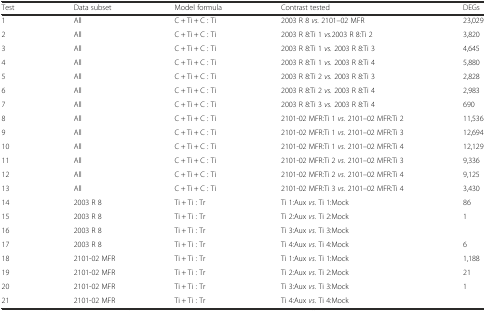
<table><thead><tr><td><b>Test</b></td><td><b>Data subset</b></td><td><b>Model formula</b></td><td><b>Contrast tested</b></td><td><b>DEGs</b></td></tr></thead><tbody><tr><td>1</td><td>All</td><td>C + Ti + C : Ti</td><td>2003 R 8 <i>vs.</i> 2101–02 MFR</td><td>23,029</td></tr><tr><td>2</td><td>All</td><td>C + Ti + C : Ti</td><td>2003 R 8:Ti 1 <i>vs.</i>2003 R 8:Ti 2</td><td>3,820</td></tr><tr><td>3</td><td>All</td><td>C + Ti + C : Ti</td><td>2003 R 8:Ti 1 <i>vs.</i> 2003 R 8:Ti 3</td><td>4,645</td></tr><tr><td>4</td><td>All</td><td>C + Ti + C : Ti</td><td>2003 R 8:Ti 1 <i>vs.</i> 2003 R 8:Ti 4</td><td>5,880</td></tr><tr><td>5</td><td>All</td><td>C + Ti + C : Ti</td><td>2003 R 8:Ti 2 <i>vs.</i> 2003 R 8:Ti 3</td><td>2,828</td></tr><tr><td>6</td><td>All</td><td>C + Ti + C : Ti</td><td>2003 R 8:Ti 2 <i>vs.</i> 2003 R 8:Ti 4</td><td>2,983</td></tr><tr><td>7</td><td>All</td><td>C + Ti + C : Ti</td><td>2003 R 8:Ti 3 <i>vs.</i> 2003 R 8:Ti 4</td><td>690</td></tr><tr><td>8</td><td>All</td><td>C + Ti + C : Ti</td><td>2101-02 MFR:Ti 1 <i>vs.</i> 2101–02 MFR:Ti 2</td><td>11,536</td></tr><tr><td>9</td><td>All</td><td>C + Ti + C : Ti</td><td>2101-02 MFR:Ti 1 <i>vs.</i> 2101–02 MFR:Ti 3</td><td>12,694</td></tr><tr><td>10</td><td>All</td><td>C + Ti + C : Ti</td><td>2101-02 MFR:Ti 1 <i>vs.</i> 2101–02 MFR:Ti 4</td><td>12,129</td></tr><tr><td>11</td><td>All</td><td>C + Ti + C : Ti</td><td>2101-02 MFR:Ti 2 <i>vs.</i> 2101–02 MFR:Ti 3</td><td>9,336</td></tr><tr><td>12</td><td>All</td><td>C + Ti + C : Ti</td><td>2101-02 MFR:Ti 2 <i>vs.</i> 2101–02 MFR:Ti 4</td><td>9,125</td></tr><tr><td>13</td><td>All</td><td>C + Ti + C : Ti</td><td>2101-02 MFR:Ti 3 <i>vs.</i> 2101–02 MFR:Ti 4</td><td>3,430</td></tr><tr><td>14</td><td>2003 R 8</td><td>Ti + Ti : Tr</td><td>Ti 1:Aux <i>vs.</i> Ti 1:Mock</td><td>86</td></tr><tr><td>15</td><td>2003 R 8</td><td>Ti + Ti : Tr</td><td>Ti 2:Aux <i>vs.</i> Ti 2:Mock</td><td>1</td></tr><tr><td>16</td><td>2003 R 8</td><td>Ti + Ti : Tr</td><td>Ti 3:Aux <i>vs.</i> Ti 3:Mock</td><td>[EMPTY_CELL]</td></tr><tr><td>17</td><td>2003 R 8</td><td>Ti + Ti : Tr</td><td>Ti 4:Aux <i>vs.</i> Ti 4:Mock</td><td>6</td></tr><tr><td>18</td><td>2101-02 MFR</td><td>Ti + Ti : Tr</td><td>Ti 1:Aux <i>vs.</i> Ti 1:Mock</td><td>1,188</td></tr><tr><td>19</td><td>2101-02 MFR</td><td>Ti + Ti : Tr</td><td>Ti 2:Aux <i>vs.</i> Ti 2:Mock</td><td>21</td></tr><tr><td>20</td><td>2101-02 MFR</td><td>Ti + Ti : Tr</td><td>Ti 3:Aux <i>vs.</i> Ti 3:Mock</td><td>1</td></tr><tr><td>21</td><td>2101-02 MFR</td><td>Ti + Ti : Tr</td><td>Ti 4:Aux <i>vs.</i> Ti 4:Mock</td><td>[EMPTY_CELL]</td></tr></tbody></table>